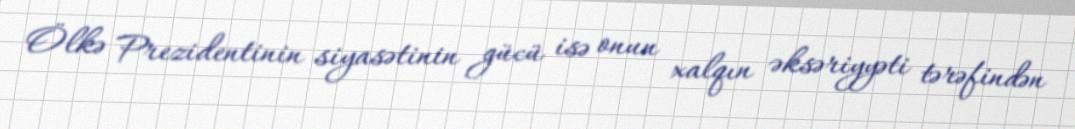
Ölkə Prezidentinin siyasətinin gücü isə onun xalqın əksəriyyəti tərəfindən